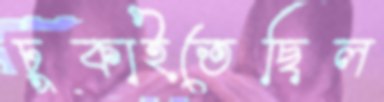
ঢুকাইতেছিল